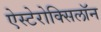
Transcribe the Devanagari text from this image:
ऐस्टेरोक्सिलॉन